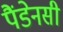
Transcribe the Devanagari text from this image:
पैंडेनसी